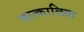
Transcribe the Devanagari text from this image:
तात्कालिता